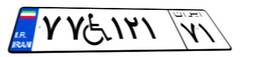
۹۶W۷۶۹۹۷